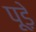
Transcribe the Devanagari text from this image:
पूड़े